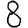
Digit: 8